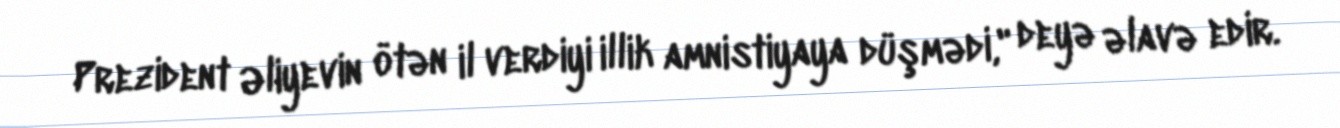
Prezident Əliyevin ötən il verdiyi illik amnistiyaya düşmədi," deyə əlavə edir.